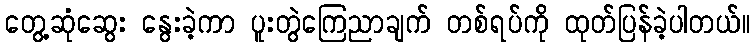
တွေ့ဆုံဆွေး နွေးခဲ့ကာ ပူးတွဲကြေညာချက် တစ်ရပ်ကို ထုတ်ပြန်ခဲ့ပါတယ်။